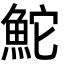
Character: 鮀